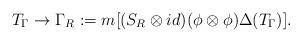
LaTeX: \begin{align*}T_\Gamma\to \Gamma_R:=m[(S_R\otimes id)(\phi\otimes\phi)\Delta(T_\Gamma)].\end{align*}